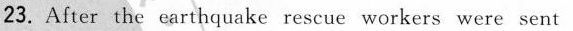
23. After the earthquake rescue workers were sent